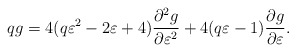
\begin{align*}qg=4(q\varepsilon^2-2\varepsilon+4)\frac{\partial^2 g}{\partial\varepsilon^2}+4(q\varepsilon-1)\frac{\partial g}{\partial\varepsilon}.\end{align*}